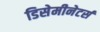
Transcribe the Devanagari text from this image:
डिसेमीनेटर्स